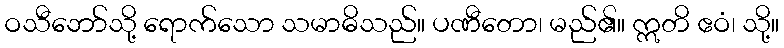
ဝသီဘော်သို့ ရောက်သော သမာဓိသည်။ ပဏီတော၊ မည်၏။ ဣတိ ဧဝံ၊ သို့။